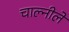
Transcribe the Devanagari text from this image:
चाल्नीले